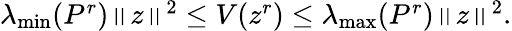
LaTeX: \begin{array}{r}{\lambda_{\operatorname*{min}}(P^{r})\left\| z\right\| ^{2}\leq V(z^{r})\leq\lambda_{\operatorname*{max}}(P^{r})\left\| z\right\| ^{2}.}\end{array}